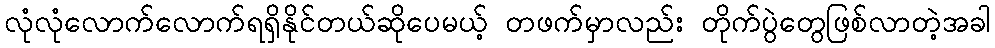
လုံလုံလောက်လောက်ရရှိနိုင်တယ်ဆိုပေမယ့် တဖက်မှာလည်း တိုက်ပွဲတွေဖြစ်လာတဲ့အခါ